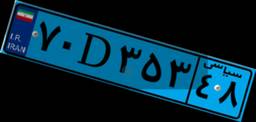
۹۳D۹۱۹۳۰